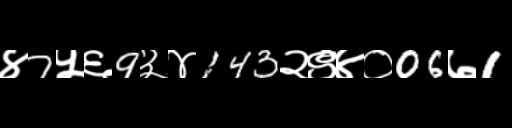
Text: ४7५६9३४143२९४०06७1